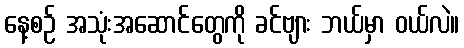
နေ့စဉ် အသုံးအဆောင်တွေကို ခင်ဗျား ဘယ်မှာ ဝယ်လဲ။